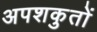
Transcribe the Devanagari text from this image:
अपशकुतों